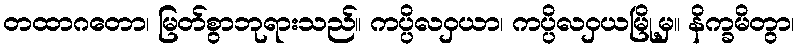
တထာဂတော၊ မြတ်စွာဘုရားသည်။ ကပ္ပိလဝှယာ၊ ကပ္ပိလဝှယမြို့မှ။ နိက္ခမိတွာ၊